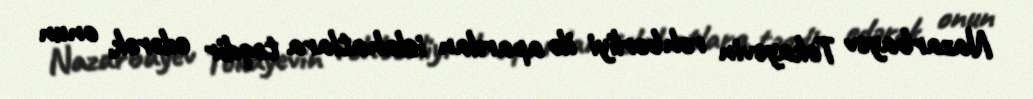
Nazarbayev Tokayevin rəhbərliyi ilə aparılan islahatlara təqdir edərək, onun